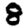
Digit: 8